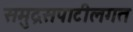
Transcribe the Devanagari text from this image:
समुद्रसपाटीलगत